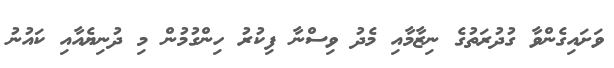
ވަށައިގެންވާ ގުދުރަތުގެ ނިޒާމާއި މެދު ވިސްނާ ފިކުރު ހިންގުމުން މި ދުނިޔެއާއި ކައުނު